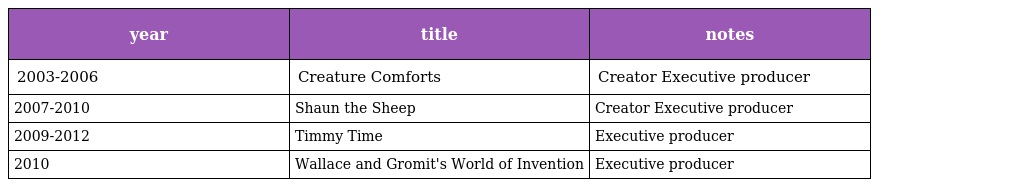
| year | title | notes |
 | --- | --- | --- |
 | 2003-2006 | Creature Comforts | Creator Executive producer |
 | 2007-2010 | Shaun the Sheep | Creator Executive producer |
 | 2009-2012 | Timmy Time | Executive producer |
 | 2010 | Wallace and Gromit's World of Invention | Executive producer |